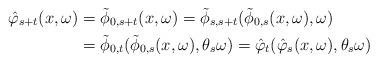
LaTeX: \begin{align*} \hat{\varphi}_{s+t}(x,\omega) &= \tilde{\phi}_{0,s+t}(x,\omega) = \tilde{\phi}_{s,s+t} ( \tilde{\phi}_{0,s} (x,\omega), \omega) \\ &= \tilde{\phi}_{0,t} ( \tilde{\phi}_{0,s} (x,\omega), \theta_s\omega) = \hat{\varphi}_{t}(\hat{\varphi}_{s}(x,\omega),\theta_s\omega) \end{align*}